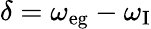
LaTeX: \delta=\omega_{\mathrm{{eg}}}-\omega_{\mathrm{{I}}}